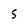
Character: 5